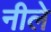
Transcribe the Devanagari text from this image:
नीले